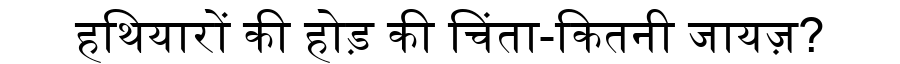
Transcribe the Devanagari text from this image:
हथियारों की होड़ की चिंता-कितनी जायज़?